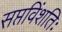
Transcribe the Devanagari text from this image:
सप्तविंशतिः